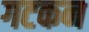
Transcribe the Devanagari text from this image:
गटकन